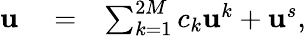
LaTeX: \begin{array}{rlr}{{\mathbf u}}&{{}=}&{\sum_{k=1}^{2M}c_{k}{\mathbf u}^{k}+{\mathbf u}^{s},}\end{array}